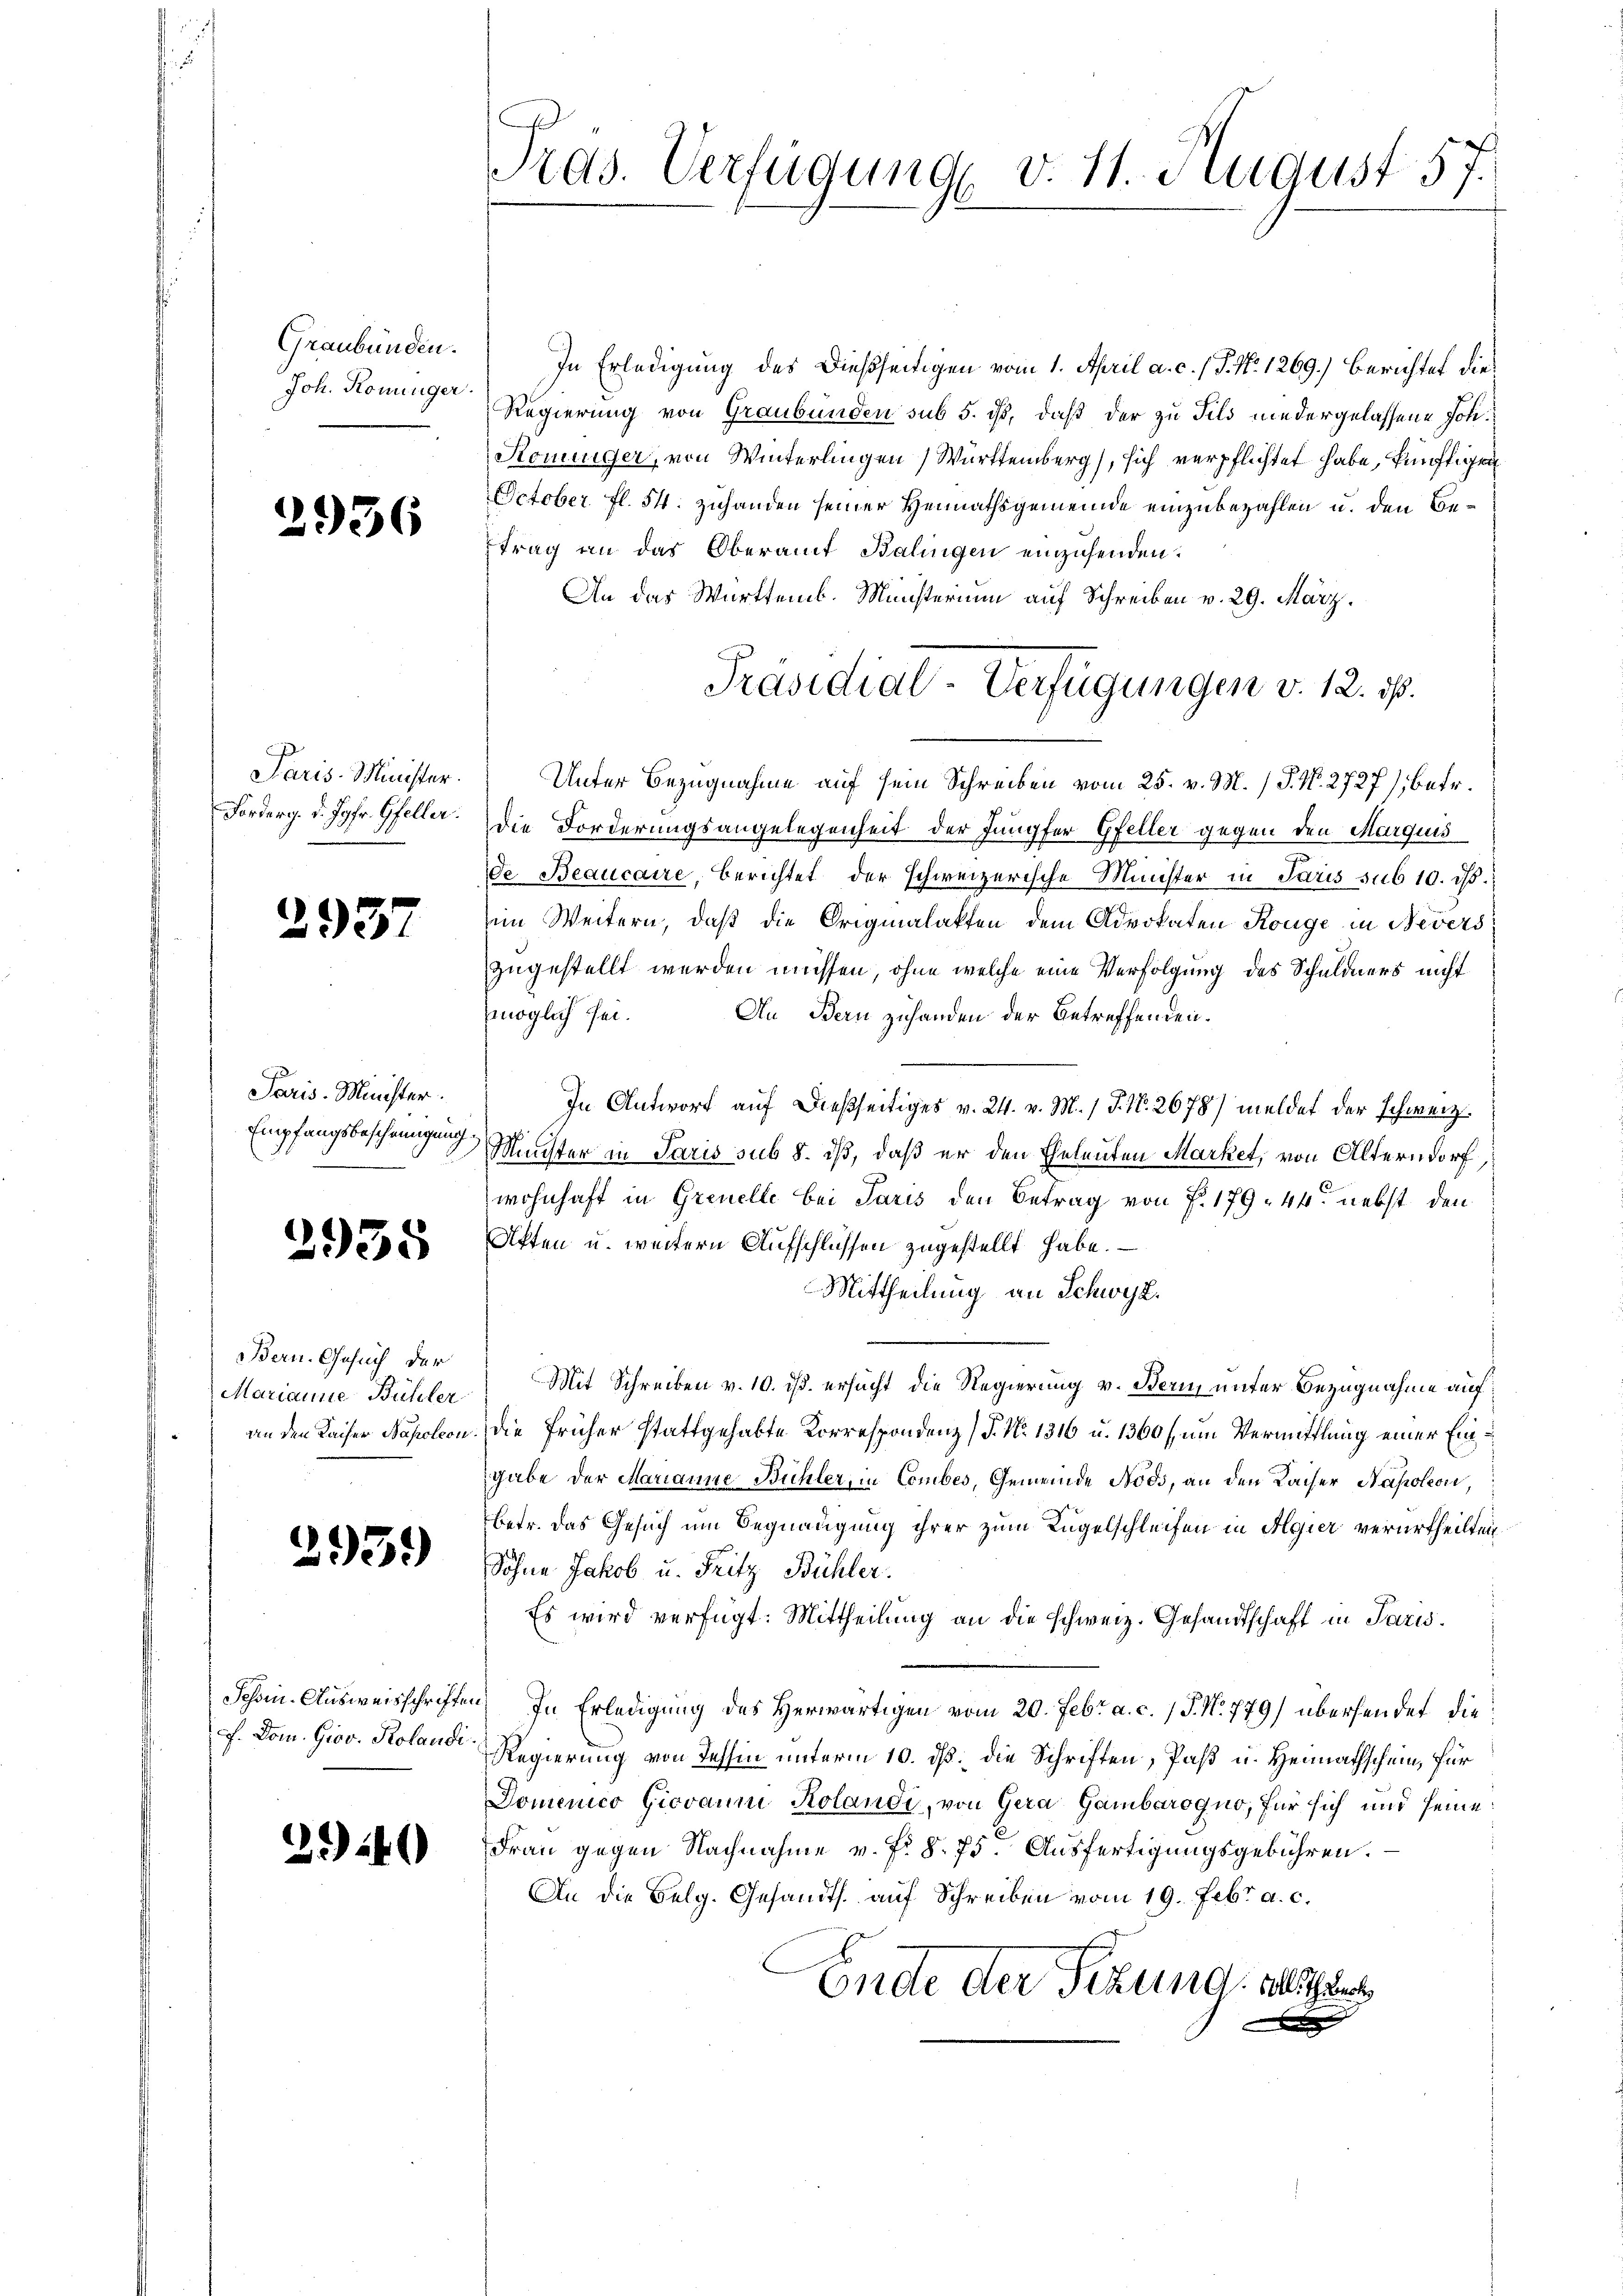
Graubünden.
Joh. Koninger.

2956

Paris-Minister.
Forderg. d. Jgfr. Gfeller.

2937

Paris-Minister.
Empfangsbescheinigung

2935

Bern. Gesuch der
Marianne Bühler
an den Kaiser Napoleon

293)

Schen. Ausweisschrift
f. Dom. Giov. Rolandi

3.40

Pras. Verfügung
v. 11. August 57.

In Erledigung des Dießseitigen vom 1. April a. c. / P. Nr. 1269.) Berichtet die
Regierung von Graubünden sub 5. ist, daß der zu Fild niedergelassene Joh.
Koninger, von Winterlingen Württemberg), sich verpflichtet habe, künftigen
October fl. 54. zuhanden seiner Heimathsgemeinde einzubezahlen u. den Betrag an das Oberamt Balingen einzusenden.
An das Württemb. Ministerium auf Schreiben v. 29. März.
Unter Bezugnahme auf sein Schreiben vom 25. v. M. P. N. 2727), betr.
Die Forderungsangelegenheit der Jungfer Gfeller gegen den Marquis
de Beaucaire, berichtet der schweizerische Minister in Paris sub 10. d.
im Weitern, daß die Originalakten dem Advokaten Konge in Nevers
zugestellt werden müssen, ohne welche eine Verfolgung des Schuldners nicht
möglich sei.
An Bern zuhanden der Betreffenden.
In Antwort auf dießseitiges v. 24. v. M. 1 S. Nr. 2678) meldet der schweiz.
Minster in Paris sub 8. ist, daß er den Eheleuten Market, von Alterndorf,
wohnhaft in Greuelle bei Paris den Betrag von P. 179. 44 nebst den
Atten u. weitern Aufschlüssen zugestellt habe.
Mittheilung an Schwyz.
Mit Schreiben v. 10. ist. ersucht die Regierung v. Bern, unter Bezugnahme auf
die früher stattgehabte Korrespondenz (P. Nr. 1316 u. 1360 f um Vermittlung einer Eingabe der Marianne Bühler, in Combes, Gemeinde Nods, an den Kacher Napoleon,
betr. das Gesuch um Begnaugung ihrer zum Kugelschleifen in Algier verurtheilten
Sohne Jakob u. Fritz Bühler.
Es wird verfügt: Mittheilung an die schweiz. Gesandtschaft in Paris.
) In Erledigung des Herwärtigen vom 20. Febr. a. c. 1 S. No. 779) übersendet, die
Regierung von Tessin unterm 10. ds. die Schriften, Paß u. Heimathschein, für
Domenico Giovaum Kolandi, von Gera Gambarogno, für sich und seine
Frau gegen Nachnahme v. fr. 8. 75. Ausfertigungsgebühren.
An die Belg. Gesandts. auf Schreiben vom 19. Febr. a. c.
Ende der Sitzung, alles

Präsidial-Verfügungen v. 12. ds.